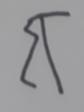
Signature authenticity: forged